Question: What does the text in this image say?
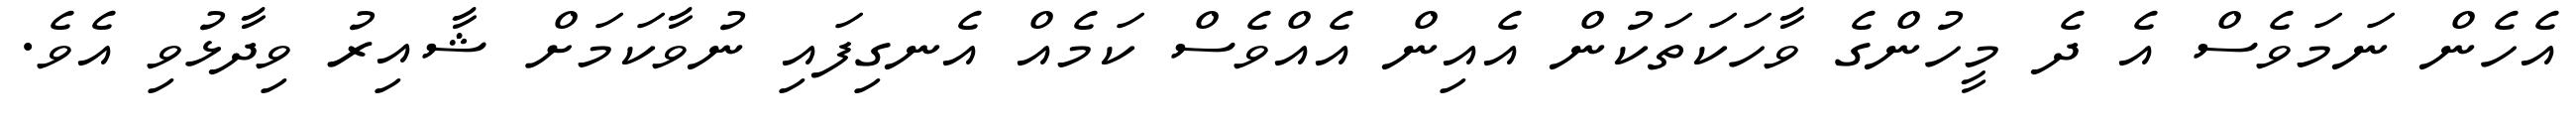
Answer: އެހެން ނަމަވެސް އެ ދެ މީހުންގެ ވާހަކަތަކުން އެއިން އެއްވެސް ކަމެއް އެނގިފައި ނުވާކަމަށް ޝާއިރު ވިދާޅުވި އެވެ.